Civil Veterinary Dept. Bombay admin report 1923-31 - 1923-1931
Year: 1923
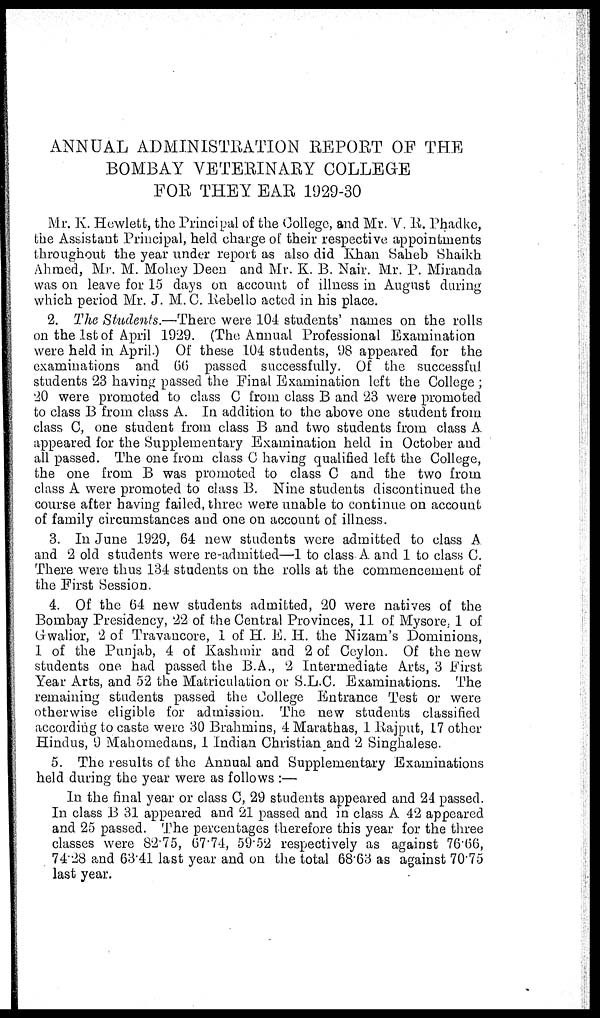
ANNUAL ADMINISTRATION REPORT OF THE
BOMBAY VETERINARY COLLEGE
FOR THEY EAR 1929-30
Mr. K. Hewlett, the Principal of the College, and Mr. V. R. Phadke,
the Assistant Principal, held charge of their respective appointments
throughout the year under report as also did Khan Saheb Shaikh
Ahmed, Mr. M. Mohey Deen and Mr. K. B. Nair. Mr. P. Miranda
was on leave for 15 days on account of illness in August during
which period Mr. J. M. C. Rebello acted in his place.
2. The Students.—There were 104 students' names on the rolls
on the 1st of April 1929. (The Annual Professional Examination
were held in April.) Of these 104 students, 98 appeared for the
examinations and 66 passed successfully. Of the successful
students 23 having passed the Final Examination left the College;
20 were promoted to class C from class B and 23 were promoted
to class B from class A. In addition to the above one student from
class C, one student from class B and two students from class A
appeared for the Supplementary Examination held in October and
all passed. The one from class C having qualified left the College,
the one from B was promoted to class C and the two from
class A were promoted to class B. Nine students discontinued the
course after having failed, three were unable to continue on account
of family circumstances and one on account of illness.
3. In June 1929, 64 new students were admitted to class A
and 2 old students were re-admitted—1 to class A and 1 to class C.
There were thus 134 students on the rolls at the commencement of
the First Session.
4. Of the 64 new students admitted, 20 were natives of the
Bombay Presidency, 22 of the Central Provinces, 11 of Mysore, 1 of
Gwalior, 2 of Travancore, 1 of H. E. H. the Nizam's Dominions,
1 of the Punjab, 4 of Kashmir and 2 of Ceylon. Of the new
students one had passed the B.A., 2 Intermediate Arts, 3 First.
Year Arts, and 52 the Matriculation or S.L.C. Examinations. The
remaining students passed the College Entrance Test or were
otherwise eligible for admission. The new students classified
according to caste were 30 Brahmins, 4 Marathas, 1 Rajput, 17 other
Hindus, 9 Mahomedans, 1 Indian Christian and 2 Singhalese.
5. The results of the Annual and Supplementary Examinations
held during the year were as follows:—
In the final year or class C, 29 students appeared and 24 passed.
In class B 31 appeared and 21 passed and in class A 42 appeared
and 25 passed. The percentages therefore this year for the three
classes were 82.75, 67.74, 59.52 respectively as against 76.66,
74.28 and 63.41 last year and on the total 68.63 as against 70.75
last year.